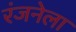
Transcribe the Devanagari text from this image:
रंजनेला